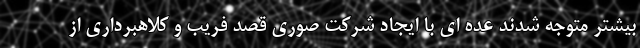
بیشتر متوجه شدند عده ای با ایجاد شرکت صوری قصد فریب و کلاهبرداری از